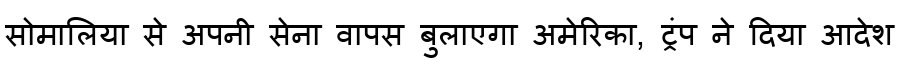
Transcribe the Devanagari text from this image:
सोमालिया से अपनी सेना वापस बुलाएगा अमेरिका, ट्रंप ने दिया आदेश